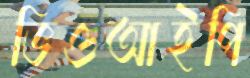
ভিওআইপি